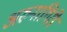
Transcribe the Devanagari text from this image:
अरुनागिरी